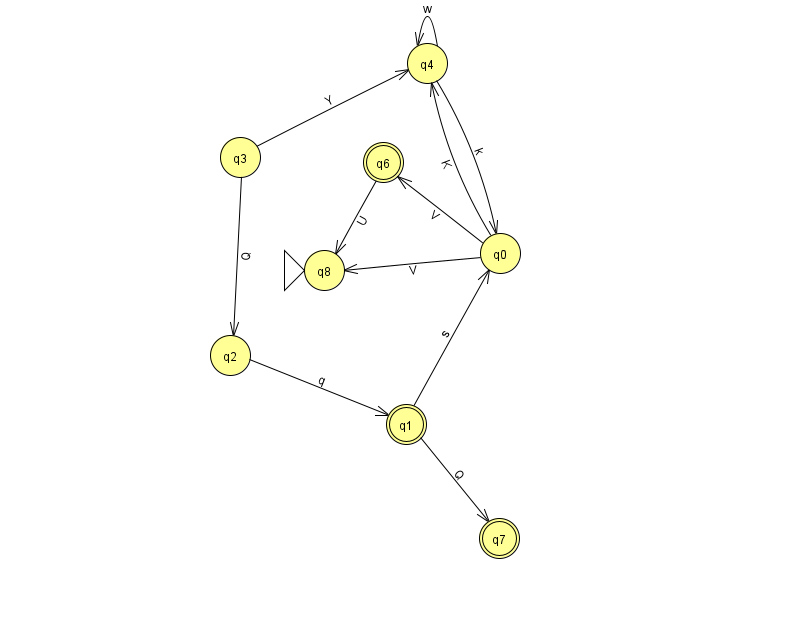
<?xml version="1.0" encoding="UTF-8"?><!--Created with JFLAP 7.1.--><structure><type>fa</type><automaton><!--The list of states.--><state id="0" name="q0"><x>500.0</x><y>240.0</y></state><state id="1" name="q1"><x>406.0</x><y>411.0</y><final/></state><state id="2" name="q2"><x>230.0</x><y>342.0</y></state><state id="3" name="q3"><x>240.0</x><y>144.0</y></state><state id="4" name="q4"><x>427.0</x><y>50.0</y></state><state id="6" name="q6"><x>383.0</x><y>149.0</y><final/></state><state id="7" name="q7"><x>499.0</x><y>525.0</y><final/></state><state id="8" name="q8"><x>324.0</x><y>257.0</y><initial/></state><!--The list of transitions.--><transition><from>0</from><to>8</to><read>V</read></transition><transition><from>1</from><to>0</to><read>s</read></transition><transition><from>1</from><to>7</to><read>Q</read></transition><transition><from>4</from><to>4</to><read>w</read></transition><transition><from>0</from><to>4</to><read>K</read></transition><transition><from>2</from><to>1</to><read>q</read></transition><transition><from>4</from><to>0</to><read>k</read></transition><transition><from>3</from><to>4</to><read>Y</read></transition><transition><from>0</from><to>6</to><read>V</read></transition><transition><from>3</from><to>2</to><read>Q</read></transition><transition><from>6</from><to>8</to><read>U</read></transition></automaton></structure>